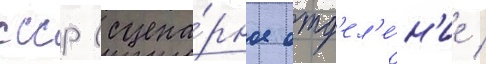
ссср (сцена́рное отд'ел'е́н'ие /